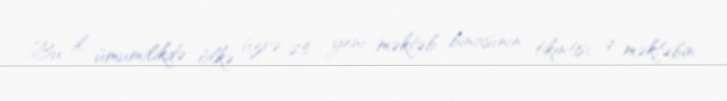
Bu il ümumilikdə ölkə üzrə 25 yeni məktəb binasının tikintisi, 9 məktəbin